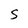
Character: S